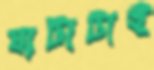
ঘাটাটাই